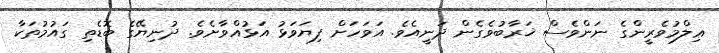
ޢިލްމުވެރީންގެ ނަންވެސް ޚަރާބުވެގެން ދަނީއެވެ. އަވަހަށް ފިޔަވަޅު އަޅުއްވާށެވެ. ދުނިޔޭގެ ބޮޑެތި ގައުމުތަކާ